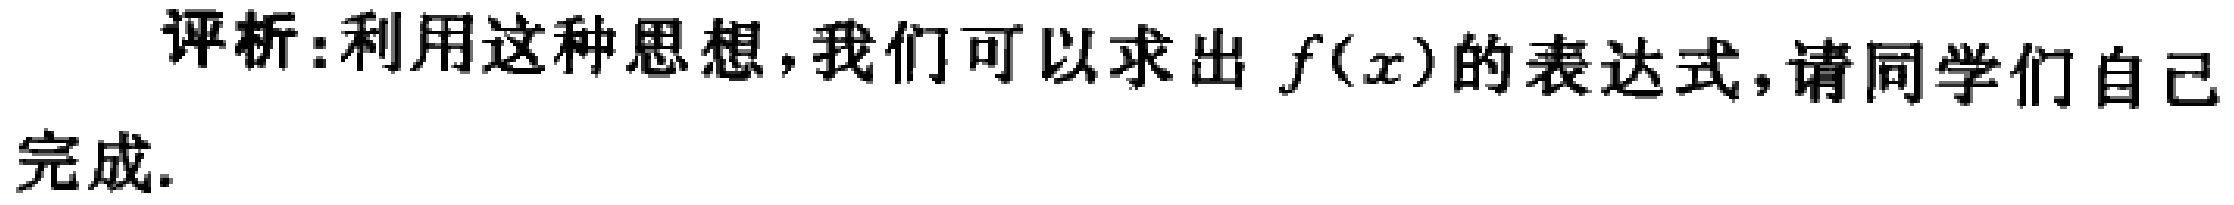
评析:利用这种思想,我们可以求出 \(f(x)\)的表达式,请同学们自己完成.